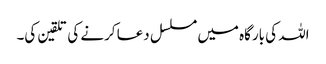
اللہ کی بارگاہ میں مسلسل دعا کرنے کی تلقین کی۔